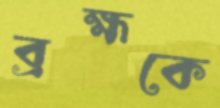
ব্রহ্মকে